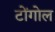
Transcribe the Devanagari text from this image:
टोंगोल